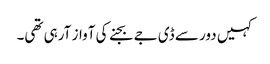
کہیں دور سے ڈی جے بجنے کی آواز آرہی تھی۔